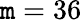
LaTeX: \mathtt{m}=36